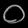
Digit: ၀